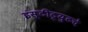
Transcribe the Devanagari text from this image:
इंस्टीट्युटचे